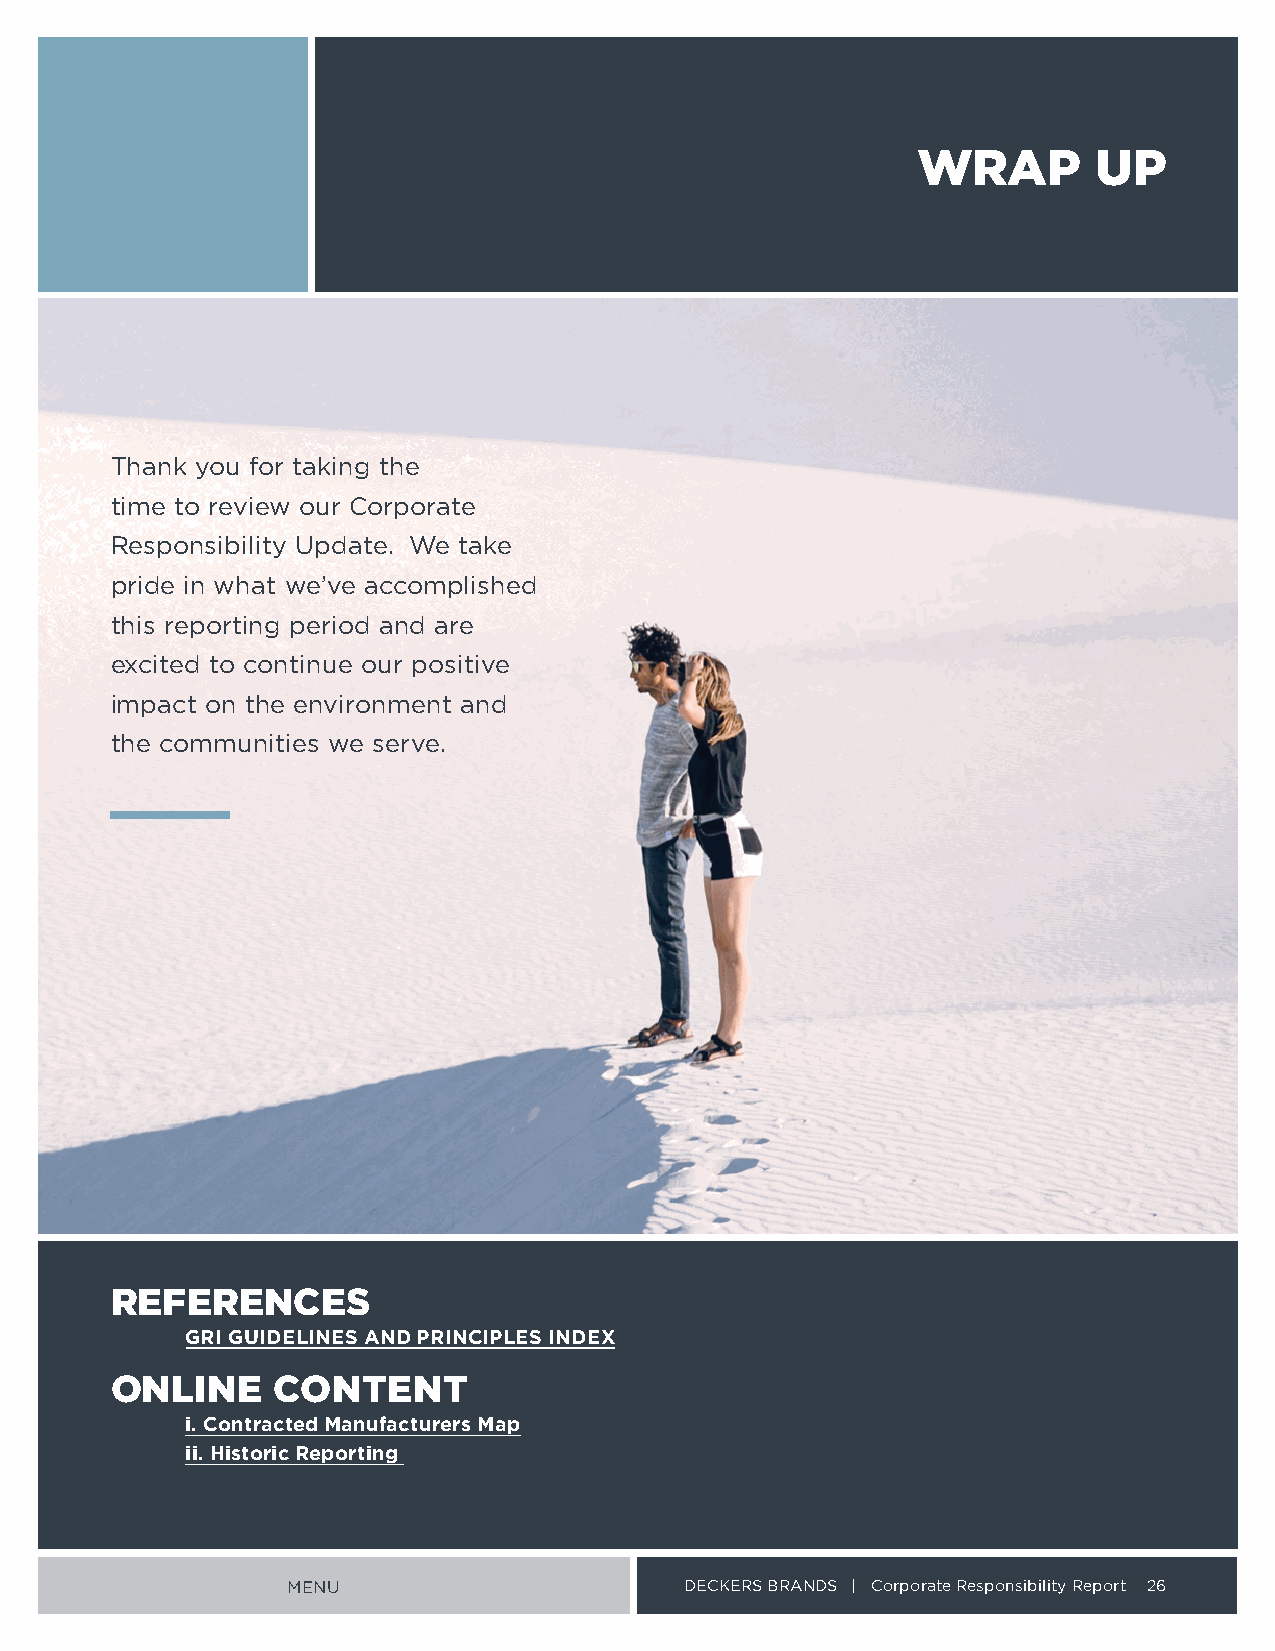
WRAP       UP
 Thank you for taking the
 time to review our Corporate
 Responsibility Update We take
 pride in what we’ve accomplished
 this reporting period and are
 excited to continue our positive
 impact on the environment and
 the communities we serve
 REFERENCES
 GRI GUIDELINES AND PRINCIPLES INDEX
 ONLINE     CONTENT
 i. Contracted Manufacturers Map
 ii. Historic Reporting
 MENU                      DECKERS BRANDS | Corporate Responsibility Report 26